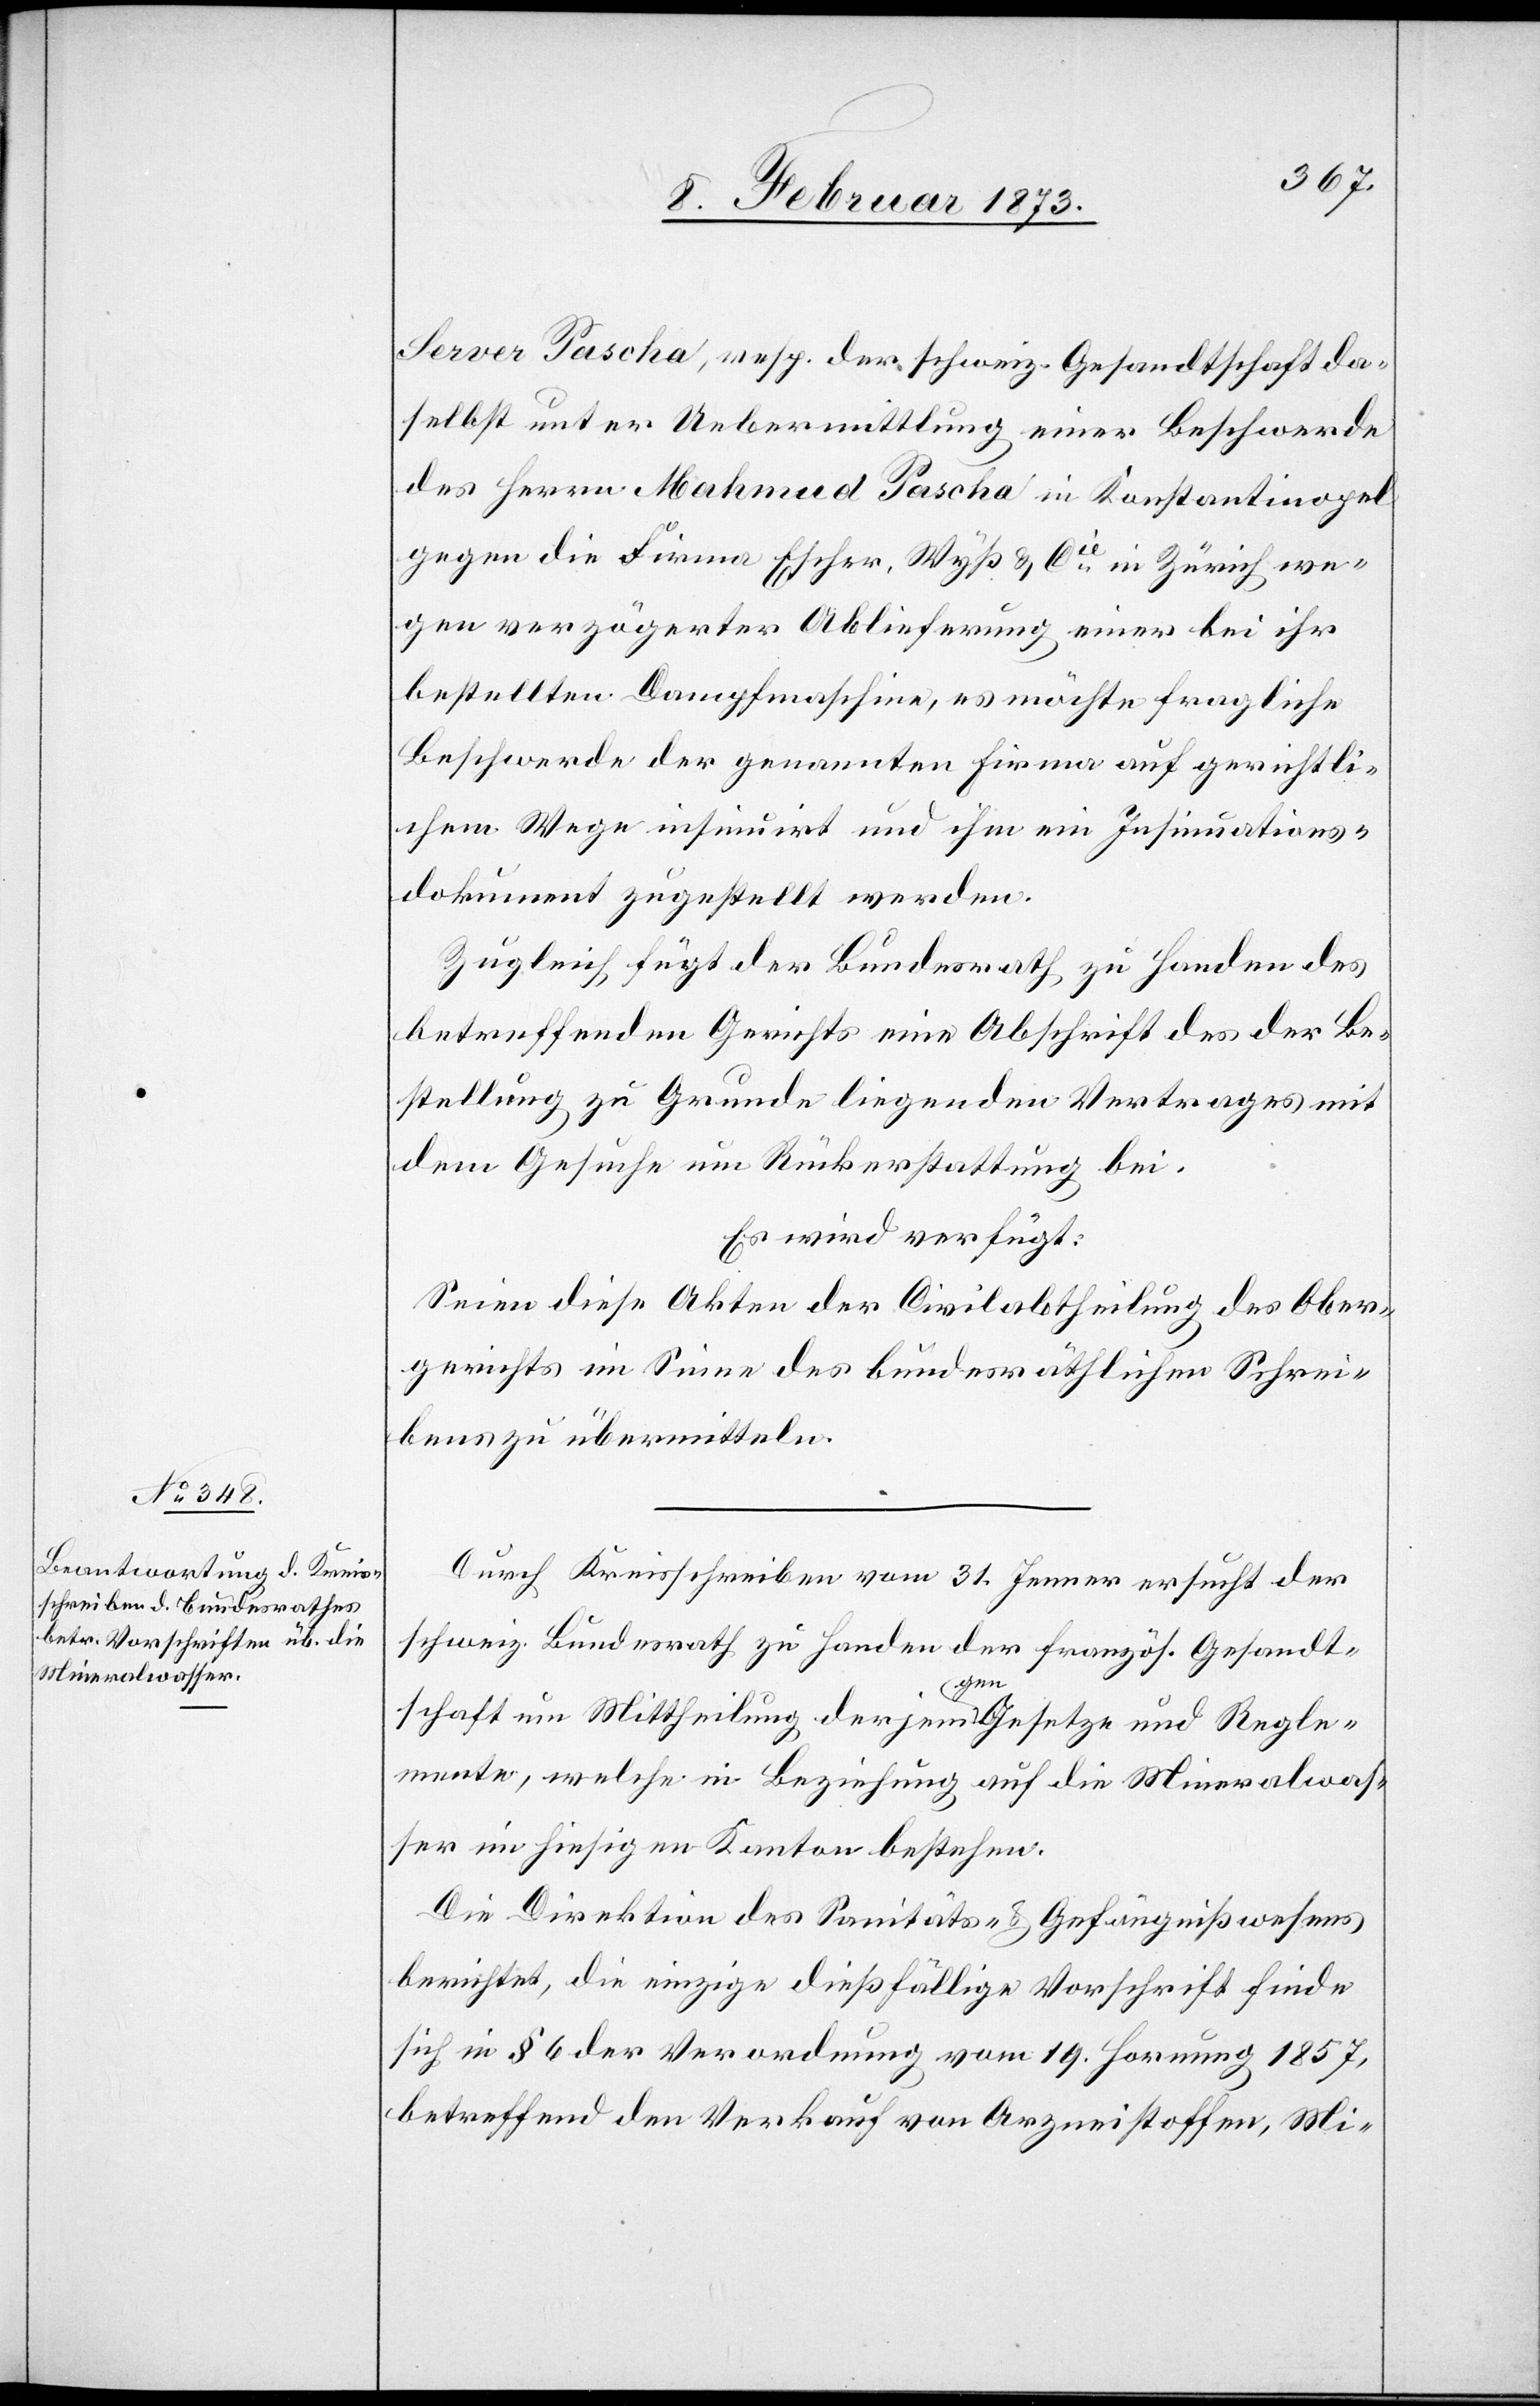
10. Februar 1873.]
Server Pascha, resp. der schweiz. Gesandtschaft da¬
selbst unter Uebermittlung einer Beschwerde
des Herrn Machmud Pascha in Konstantinopel
gegen die Firma Escher, Wyß u. Cie in Zürich we¬
gen verzögerter Ablieferung einer bei ihr
bestellten Dampfmaschine, es möchte fragliche
Beschwerde der genannten Firma auf gerichtli¬
chem Wege insinuirt und ihm ein Insinuations¬
dokument zugestellt werden.
Zugleich fügt der Bundesrath zu Handen des
betreffenden Gerichts eine Abschrift des der Be¬
stellung zu Grunde liegenden Vertrages mit
dem Gesuche um Rückerstattung bei.
Es wird verfügt:
Seien diese Akten der Civilabtheilung des Ober¬
gerichts im Sinne des bundesräthlichen Schrei¬
bens zu übermitteln.
Durch Kreisschreiben vom 31. Jenner ersucht der
schweiz. Bundesrath zu Handen der französ. Gesandt¬
schaft um Mittheilung derjenigen Gesetze und Regle¬
mente, welche in Beziehung auf die Mineralwas¬
ser im hiesigen Kanton bestehen.
Die Direktion des Sanitäts- u. Gefängnißwesens
berichtet, die einzige dießfällige Vorschrift finde
sich in § 6 der Verordnung vom 19. Hornung 1857,
betreffend den Verkauf von Arzneistoffen, Mi-